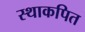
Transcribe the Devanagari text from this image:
स्थाकपित